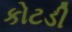
કોટડી